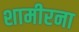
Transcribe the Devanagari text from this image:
शामीरना